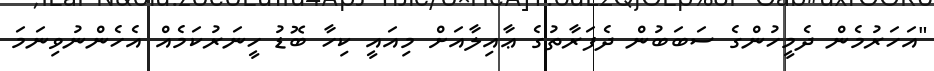
"އަހަރުމެން ދެމީހުންގެ ސަބަބުން ދެފަރާތުގެ ޢާއިލާއަށް މިއައީ ކިހާ ބޮޑު ހީނަރުކަމެއް އެހެންނުވިނަމަ